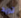
تريد